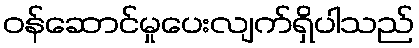
ဝန်ဆောင်မှုပေးလျက်ရှိပါသည်